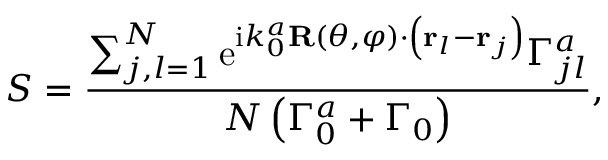
S = \frac { \sum _ { j , l = 1 } ^ { N } \mathrm { e } ^ { \mathrm { i } k _ { 0 } ^ { a } \mathbf { R } ( \theta , \varphi ) \cdot \left( { \bf r } _ { l } - { \bf r } _ { j } \right) } \Gamma _ { j l } ^ { a } } { N \left( \Gamma _ { 0 } ^ { a } + \Gamma _ { 0 } \right) } ,